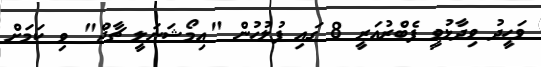
ވަހީދު ވިދާޅުވީ ފެބްރުއަރީ 8 ގައި ފުލުހުން "އިމޯޝަނަލީ ޗާޖް" ވި ކަމަށް